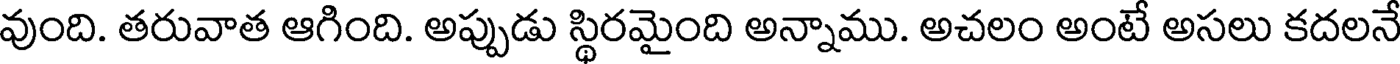
వుంది. తరువాత ఆగింది. అప్పుడు స్థిరమైంది అన్నాము. అచలం అంటే అసలు కదలనే